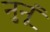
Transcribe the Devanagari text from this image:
नुनूं